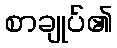
စာချုပ်၏